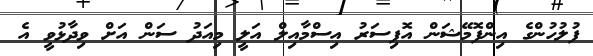
ފުލުހުންގެ އިންފޮމޭޝަން އޮފިސަރު އިސްމާއިލް އަލީ މިއަދު ސަން އަށް ވިދާޅުވީ އެ